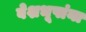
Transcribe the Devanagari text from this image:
वेशभूषांना